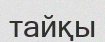
тайқы